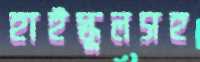
হাইস্কুলসহ